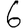
Digit: 6